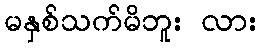
မနှစ်သက်မိဘူး လား